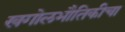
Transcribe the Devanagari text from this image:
खगोलभौतिकीचा